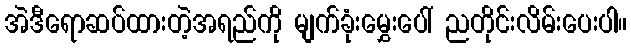
အဲဒီရောဆပ်ထားတဲ့အရည်ကို မျက်ခုံးမွှေးပေါ် ညတိုင်းလိမ်းပေးပါ။